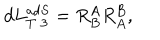
LaTeX: d L _ { T \; 3 } ^ { a d S } = R _ { B } ^ { A } R _ { A } ^ { B } ,